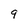
Character: 9